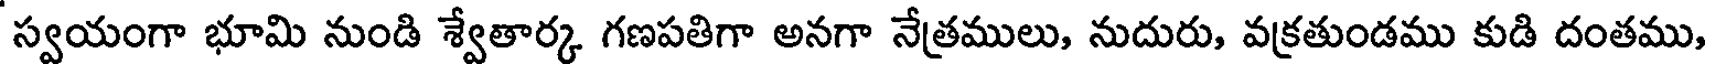
స్వయంగా భూమి నుండి శ్వేతార్క గణపతిగా అనగా నేత్రములు, నుదురు, వక్రతుండము కుడి దంతము,